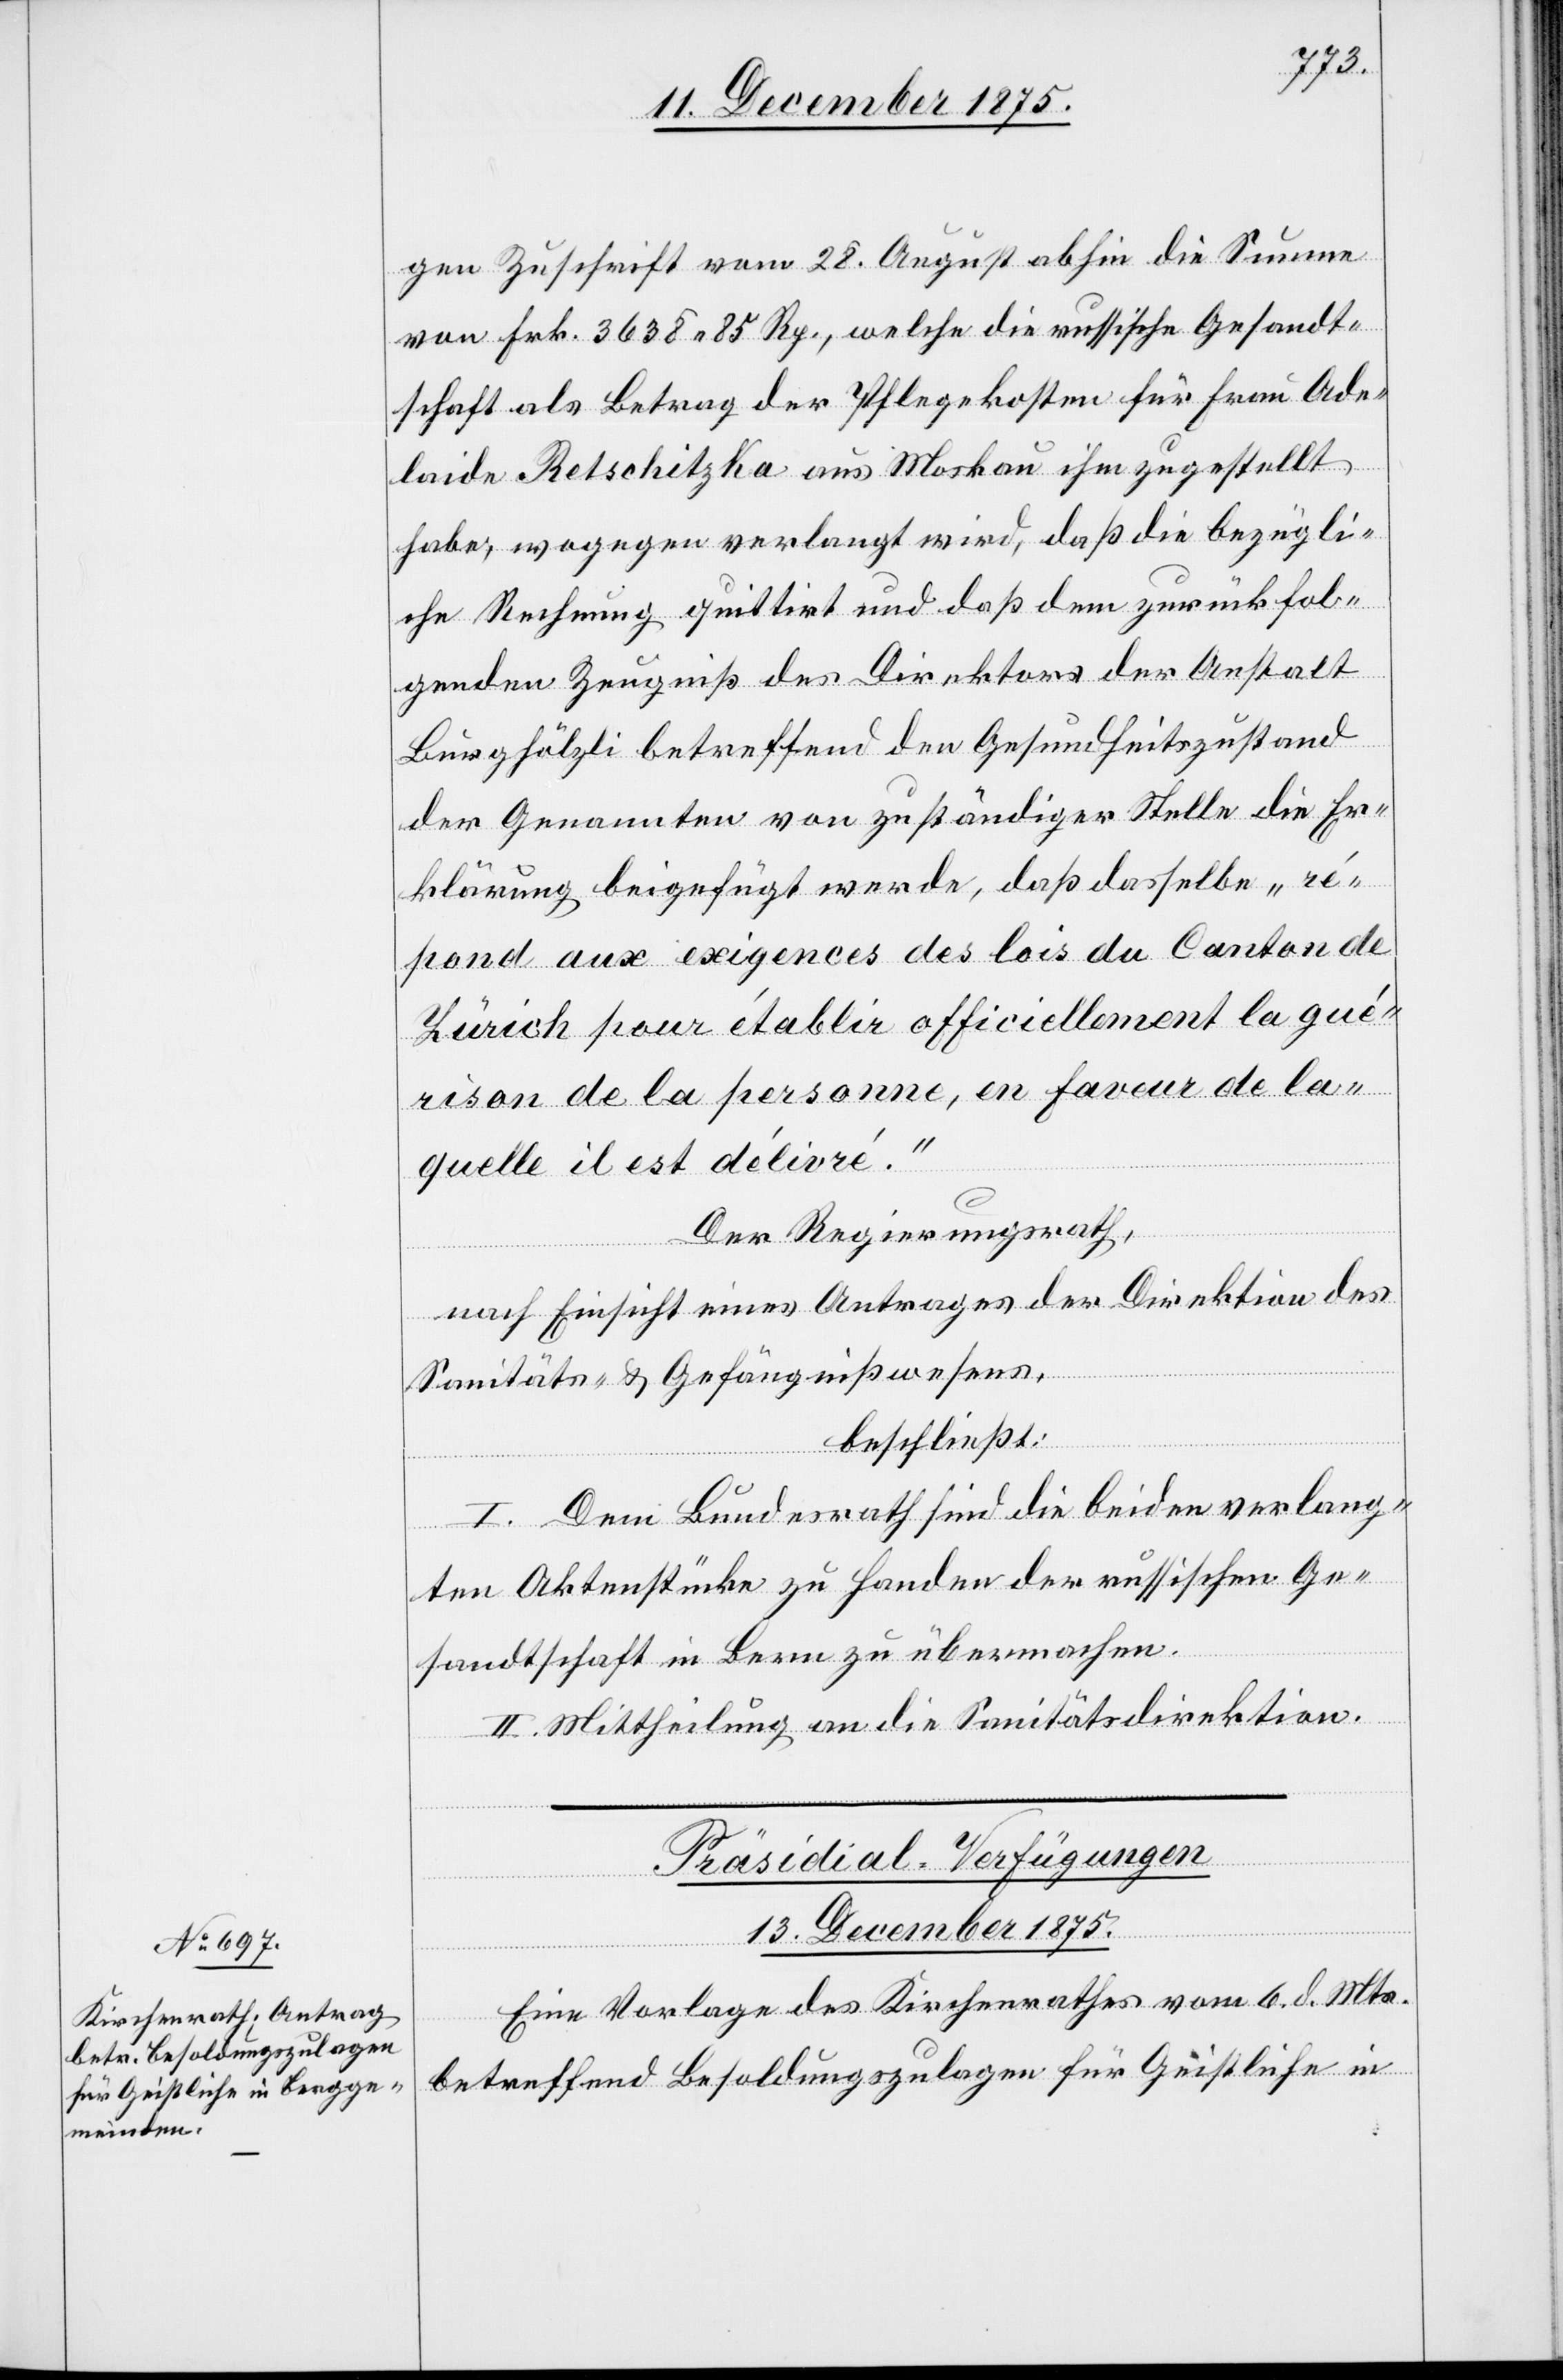
gen Zuschrift vom 28. August abhin die Summe
von Frk. 3638 85 Rp., welche die russische Gesandt¬
schaft als Betrag der Pflegekosten für Frau Ade¬
laide Retschitzka aus Moskau ihm zugestellt
habe, wogegen verlangt wird, daß die bezügli¬
che Rechnung quittirt und daß dem zurückfol¬
genden Zeugniß des Direktors der Anstalt
Burghölzli betreffend den Gesundheitszustand
der Genannten von zuständiger Stelle die Er¬
klärung beigefügt werde, daß dasselbe „ré¬
pond aux exigences des lois du Canton de
Zürich pour établir officiellement la qué¬
rison de la personne, en faveur de la¬
quelle il est délivr¬
é.“
Der Regierungsrath,
nach Einsicht eines Antrages der Direktion des
Sanitäts- & Gefängnißwesens,
beschließt:
I. Dem Bundesrath sind die beiden verlang¬
ten Aktenstücke zu Handen der russischen Ge¬
sandtschaft in Bern zu übermachen.
II. Mittheilung an die Sanitätsdirektion.
Präsidial-Verfügungen
13. December 1875.
Eine Vorlage des Kirchenrathes vom 6. d. Mts.
betreffend Besoldungszulagen für Geistliche in